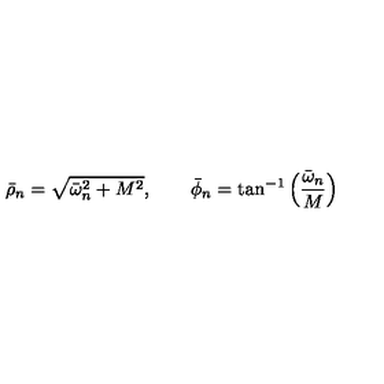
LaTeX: \bar { \rho } _ { n } = \sqrt { \bar { \omega } _ { n } ^ { 2 } + M ^ { 2 } } , \qquad \bar { \phi } _ { n } = \tan ^ { - 1 } \left( { \frac { \bar { \omega } _ { n } } { M } } \right)